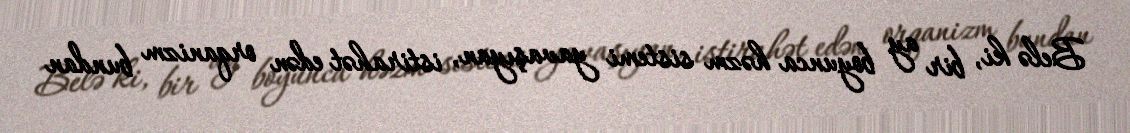
Belə ki, bir ay boyunca həzm sistemi yavaşıyan, istirahət edən orqanizm bundan